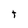
Character: t